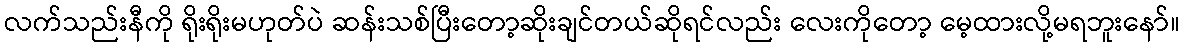
လက်သည်းနီကို ရိုးရိုးမဟုတ်ပဲ ဆန်းသစ်ပြီးတော့ဆိုးချင်တယ်ဆိုရင်လည်း လေးကိုတော့ မေ့ထားလို့မရဘူးနော်။